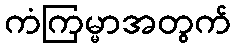
ကံကြမ္မာအတွက်